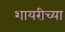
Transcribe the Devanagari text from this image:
शायरीच्या